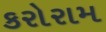
કરોરામ